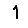
Digit: 1